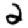
Digit: 2